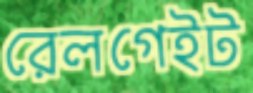
রেলগেইট